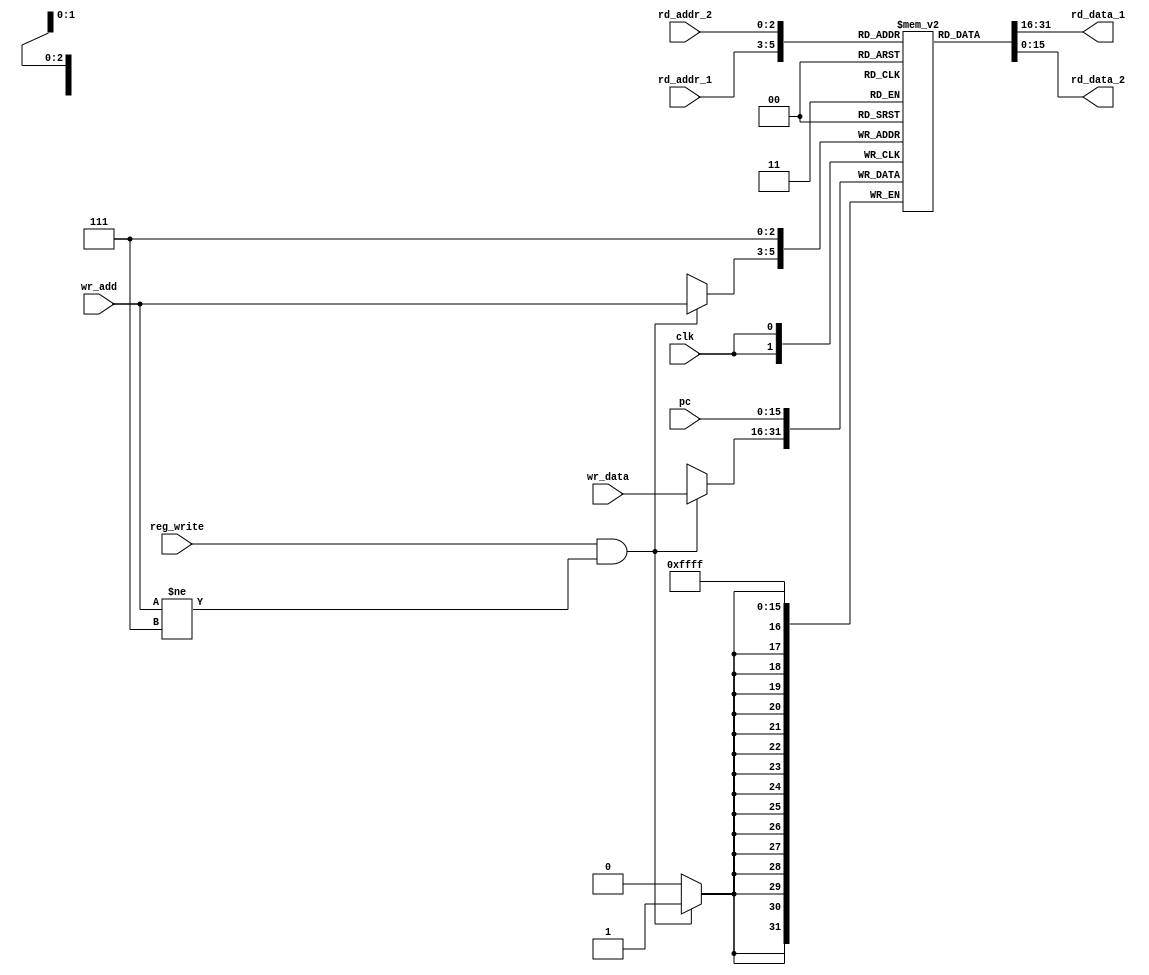
module reg_bank (clk,rd_addr_1,rd_addr_2,reg_write,wr_add,wr_data,pc,rd_data_1,rd_data_2);

input clk,reg_write;
input [2:0] rd_addr_1,rd_addr_2,wr_add;
input [15:0] wr_data,pc;
output [15:0] rd_data_1,rd_data_2;

reg [15:0] regb [7:0];

assign rd_data_1 = regb [rd_addr_1];
assign rd_data_2 = regb [rd_addr_2];

always @ (posedge clk) 
begin

regb [7] <= pc;
if( reg_write && (wr_add != 3'b111) )
regb [wr_add] <= wr_data;

end

//always @(pc)
//regb [7] <= pc;

endmodule